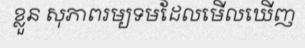
ខ្លួន សុភាពរម្យទមដែលមើលឃើញ